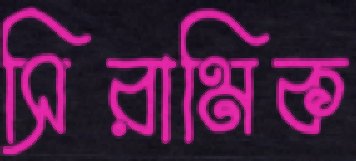
সিরামিক